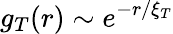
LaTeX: g_{T}(r)\sim e^{-r/\xi_{T}}